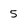
Character: 5